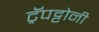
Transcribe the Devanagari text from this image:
ट्रॅपट्टोनी